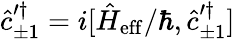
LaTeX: \hat{c}_{\pm 1}^{\prime\dagger}=i[\hat{H}_{\mathrm{eff}}/\hbar,\hat{c}_{\pm 1}^{\prime\dagger}]